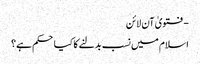
- فتویٰ آن لائن
اسلام میں نسب بدلنے کا کیا حکم ہے؟